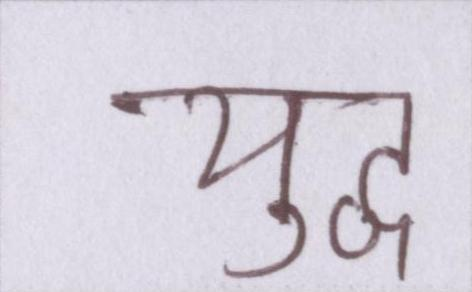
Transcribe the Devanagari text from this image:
युद्व